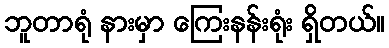
ဘူတာရုံ နားမှာ ကြေးနန်းရုံး ရှိတယ်။